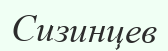
Сизинцев